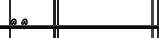
٣١